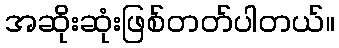
အဆိုးဆုံးဖြစ်တတ်ပါတယ်။